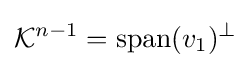
{\mathcal {K}}^{n-1}={\text{span}}(v_{1})^{\perp }